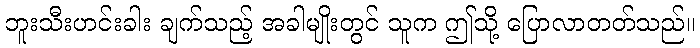
ဘူးသီးဟင်းခါး ချက်သည့် အခါမျိုးတွင် သူက ဤသို့ ပြောလာတတ်သည်။